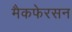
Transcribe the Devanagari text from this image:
मैकफेरसन